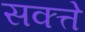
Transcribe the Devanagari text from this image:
सक्त्ते